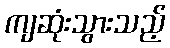
ကျဆုံးသွားသည့်